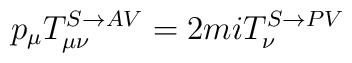
p_\mu T^{S\rightarrow AV}_{\mu \nu} =2miT^{S\rightarrow PV}_\nu